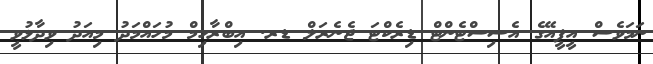
ނަމަވެސް އީޕީއޭގެ އެސިސްޓެންޓް ޑިރެކްޓަ ޖެނެރަލް ޑރ. އިބްރާހިމް މުހައްމަދު މިއަދު ވިދާޅުވީ